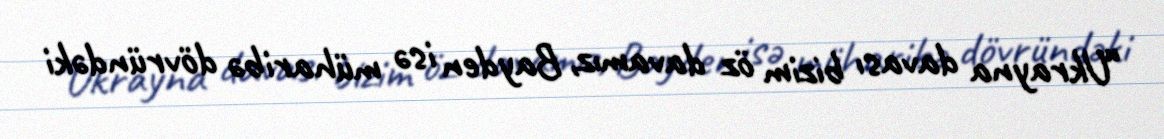
“Ukrayna davası bizim öz davamız, Bayden isə müharibə dövründəki